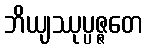
ဘိယျဿုပ္ပဇ္ဇတေ